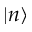
| n \rangle